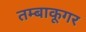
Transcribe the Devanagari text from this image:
तम्बाकूगर